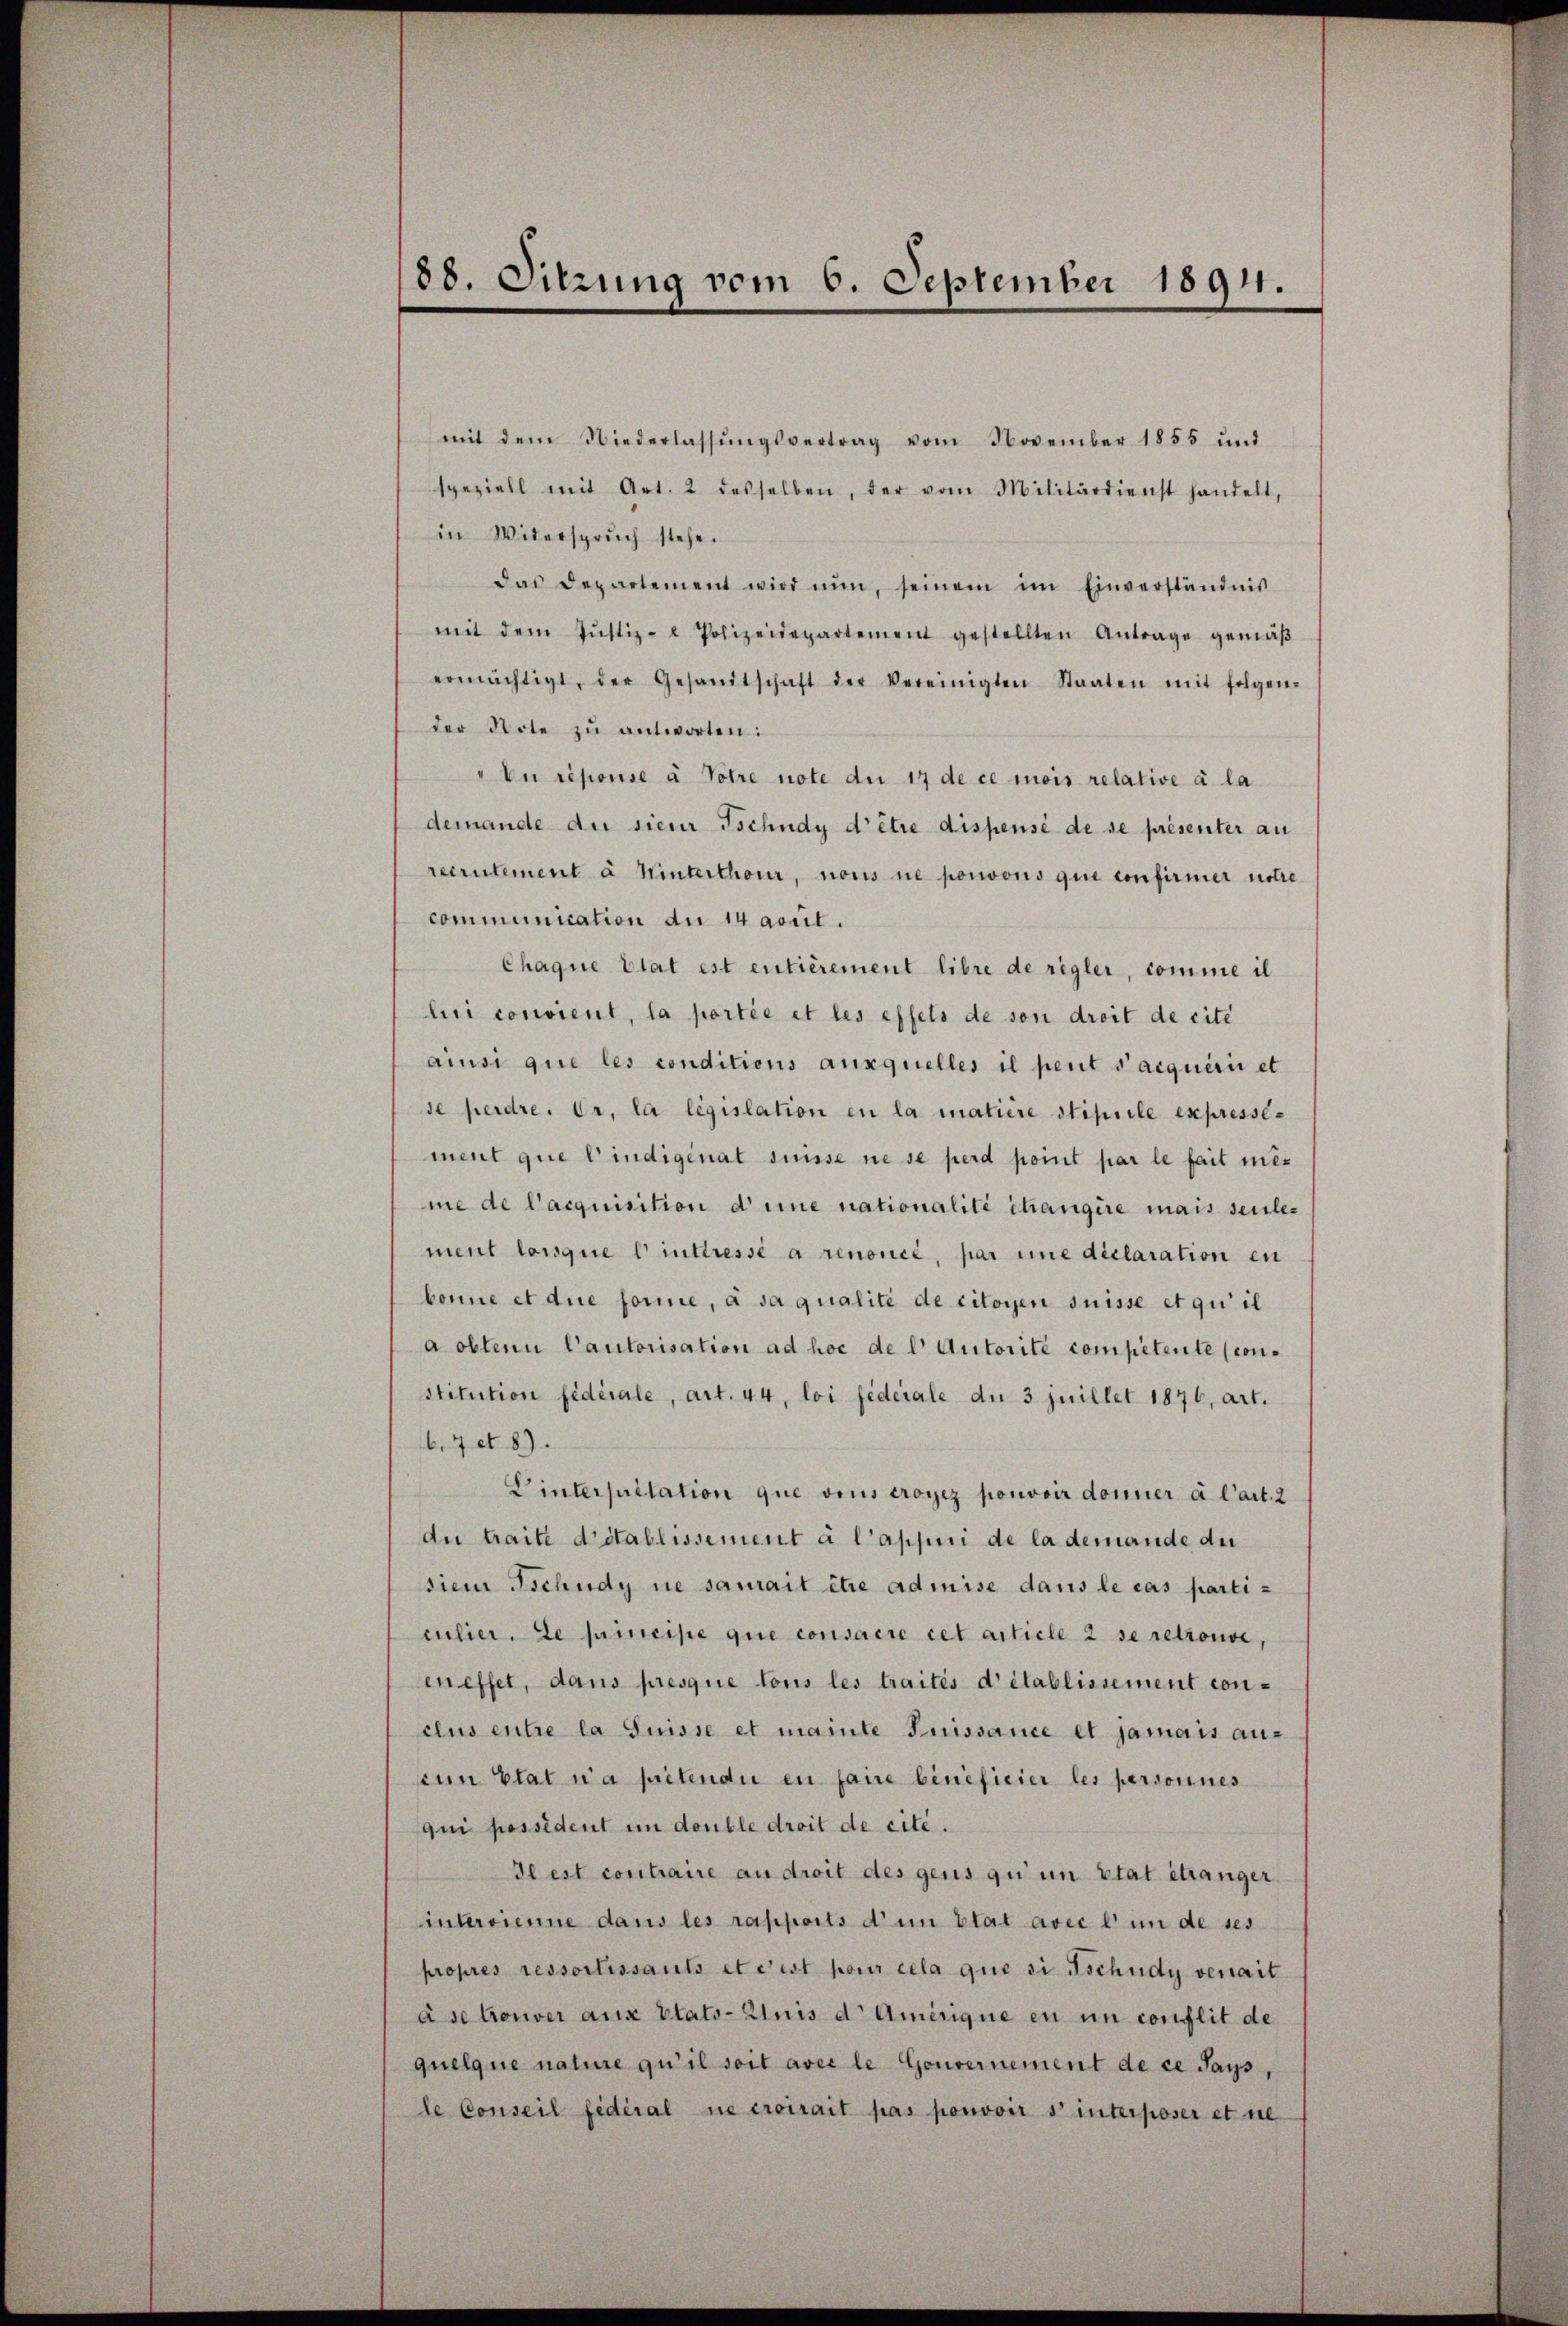
88. Sitzung vom 6. September 1891.

mit dem Niederlassŭngsvertrag vom November 1855 und
speziell mit Art. 2 desselben, der vom Militärdienst handelt,
in Widerspruch stehe.
das Departement wird nun, seinem im Einverständnis
mit dem Jŭstiz- & Polizeidepartement gestellten Antrage gemäβ
ermächtigt, der Gesamtschaft der Vereinigten Staaten mit folgen-
der Note zu antworten:
En répouse à Votre note du 17 de ce mois relative à la
demande du sieur Tschudy d’être dispensé de se présenter au
recrutement à Hinterthour, nons ne pouvons que confirmer notre
communication an 14 April.
Chaque Etat est entièrement libre de regler, comme il
lui convient, la portée et les effets de son droit de cite
ainsi que les conditions auxquelles il peut s’acquérir et
de perdre. Er, la législation en la matiere stipiele expressement que l’indigenat suisse ne se perd point par le fait mes
me de l’acquisition deine nationalité changire mais seule-
ment lorsque C interesse a renoncé, par eine déclaration en
bonne et die forme, à sa qualité de citoyen suisse et qui il
a obtenu Cautorisation ad hoc de l Autorité competente (constitution fidérale, art. 44, loi fédérale du 3 juillet 1876, art.
67 et 8).
Dintersitation que vons croyez pouvoir donner à l’art. 2
du traite détablissement à l’appen de la demande du
diem Tschudy ne saurait être admise dans le cas parti-
culier, de principe que consacre cet article 2 se retrouve,
eneffet, dans presque tous les traités d’établissement conclus entre la Suisse et mainte Suissance et jamais ansein Etat n’a petendii en fane beneficier les personnes
qui possident in double droit de cité.
Il est contraire an droit des gens qu un état étranger
intervienne dans les rapports d’un blat avec l in de ses
propres ressortissants et c’est pour cela que si Tschudy venait
ase trouver aux Etats-Anis d. Amerique en in conflit de
quelque nature qu’il soit avec le Gouvernement de ce Tags,
le Conseil fédéral ne croirait pas pouvoir s interposer et ne